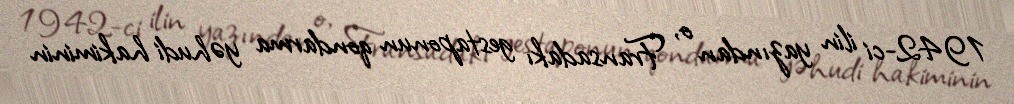
1942-ci ilin yazından o, Fransadakı gestaponun qondarma yəhudi hakiminin